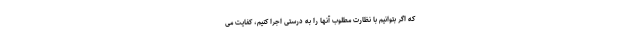
که اگر بتوانیم با نظارت مطلوب آنها را به درستی اجرا کنیم، کفایت می